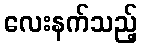
လေးနက်သည့်